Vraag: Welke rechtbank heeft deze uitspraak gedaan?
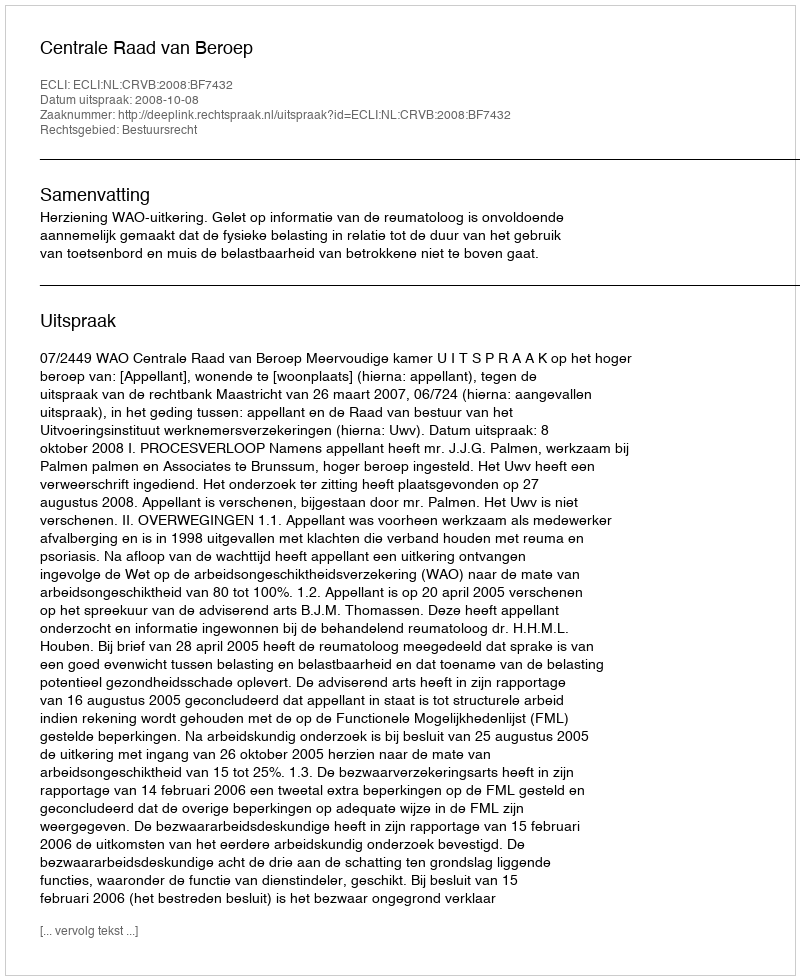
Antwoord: Centrale Raad van Beroep